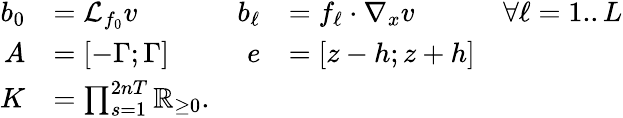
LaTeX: \begin{array}{rlrlr}{b_{0}}&{=\mathcal{L}_{f_{0}}v}&{b_{\ell}}&{=f_{\ell}\cdot\nabla_{x}v}&{\forall\ell=1..L}\\ {A}&{=[-\Gamma;\Gamma]}&{e}&{=[z-h;z+h]}\\ {K}&{=\textstyle\prod_{s=1}^{2nT}\mathbb{R}_{\geq 0}.}\end{array}